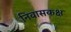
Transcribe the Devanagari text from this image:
निवासकक्ष